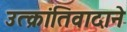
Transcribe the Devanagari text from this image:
उत्क्रांतिवादाने